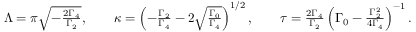
\begin{array} { r } { \Lambda = \pi \sqrt { - \frac { 2 \Gamma _ { 4 } } { \Gamma _ { 2 } } } , \qquad \kappa = \left( - \frac { \Gamma _ { 2 } } { \Gamma _ { 4 } } - 2 \sqrt { \frac { \Gamma _ { 0 } } { \Gamma _ { 4 } } } \right) ^ { 1 / 2 } , \qquad \tau = \frac { 2 \Gamma _ { 4 } } { \Gamma _ { 2 } } \left( \Gamma _ { 0 } - \frac { \Gamma _ { 2 } ^ { 2 } } { 4 \Gamma _ { 4 } } \right) ^ { - 1 } . } \end{array}